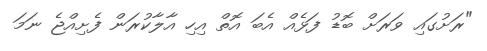
"ރަށުގައި ވަރަށް ބޮޑު ފަޅެއް އެބަ އޮތް އިހި އާލާކުރަން ފެށިއްޖެ ނަމަ